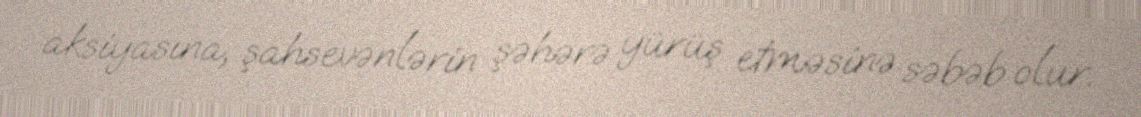
aksiyasına, şahsevənlərin şəhərə yürüş etməsinə səbəb olur.